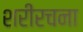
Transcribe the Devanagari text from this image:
शरीरचना